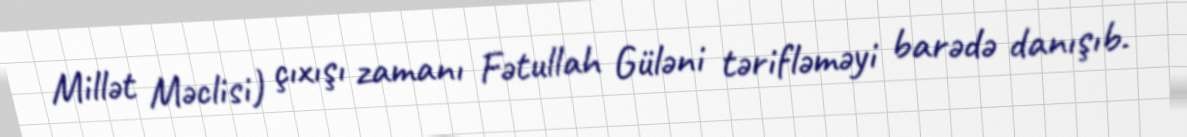
Millət Məclisi) çıxışı zamanı Fətullah Güləni tərifləməyi barədə danışıb.